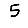
Digit: 5